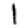
Digit: 1